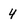
Character: 4